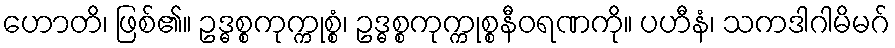
ဟောတိ၊ ဖြစ်၏။ ဥဒ္ဓစ္စကုက္ကုစ္စံ၊ ဥဒ္ဓစ္စကုက္ကုစ္စနီဝရဏကို။ ပဟီနံ၊ သကဒါဂါမိမဂ်